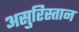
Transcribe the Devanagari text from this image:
असुरिस्तान